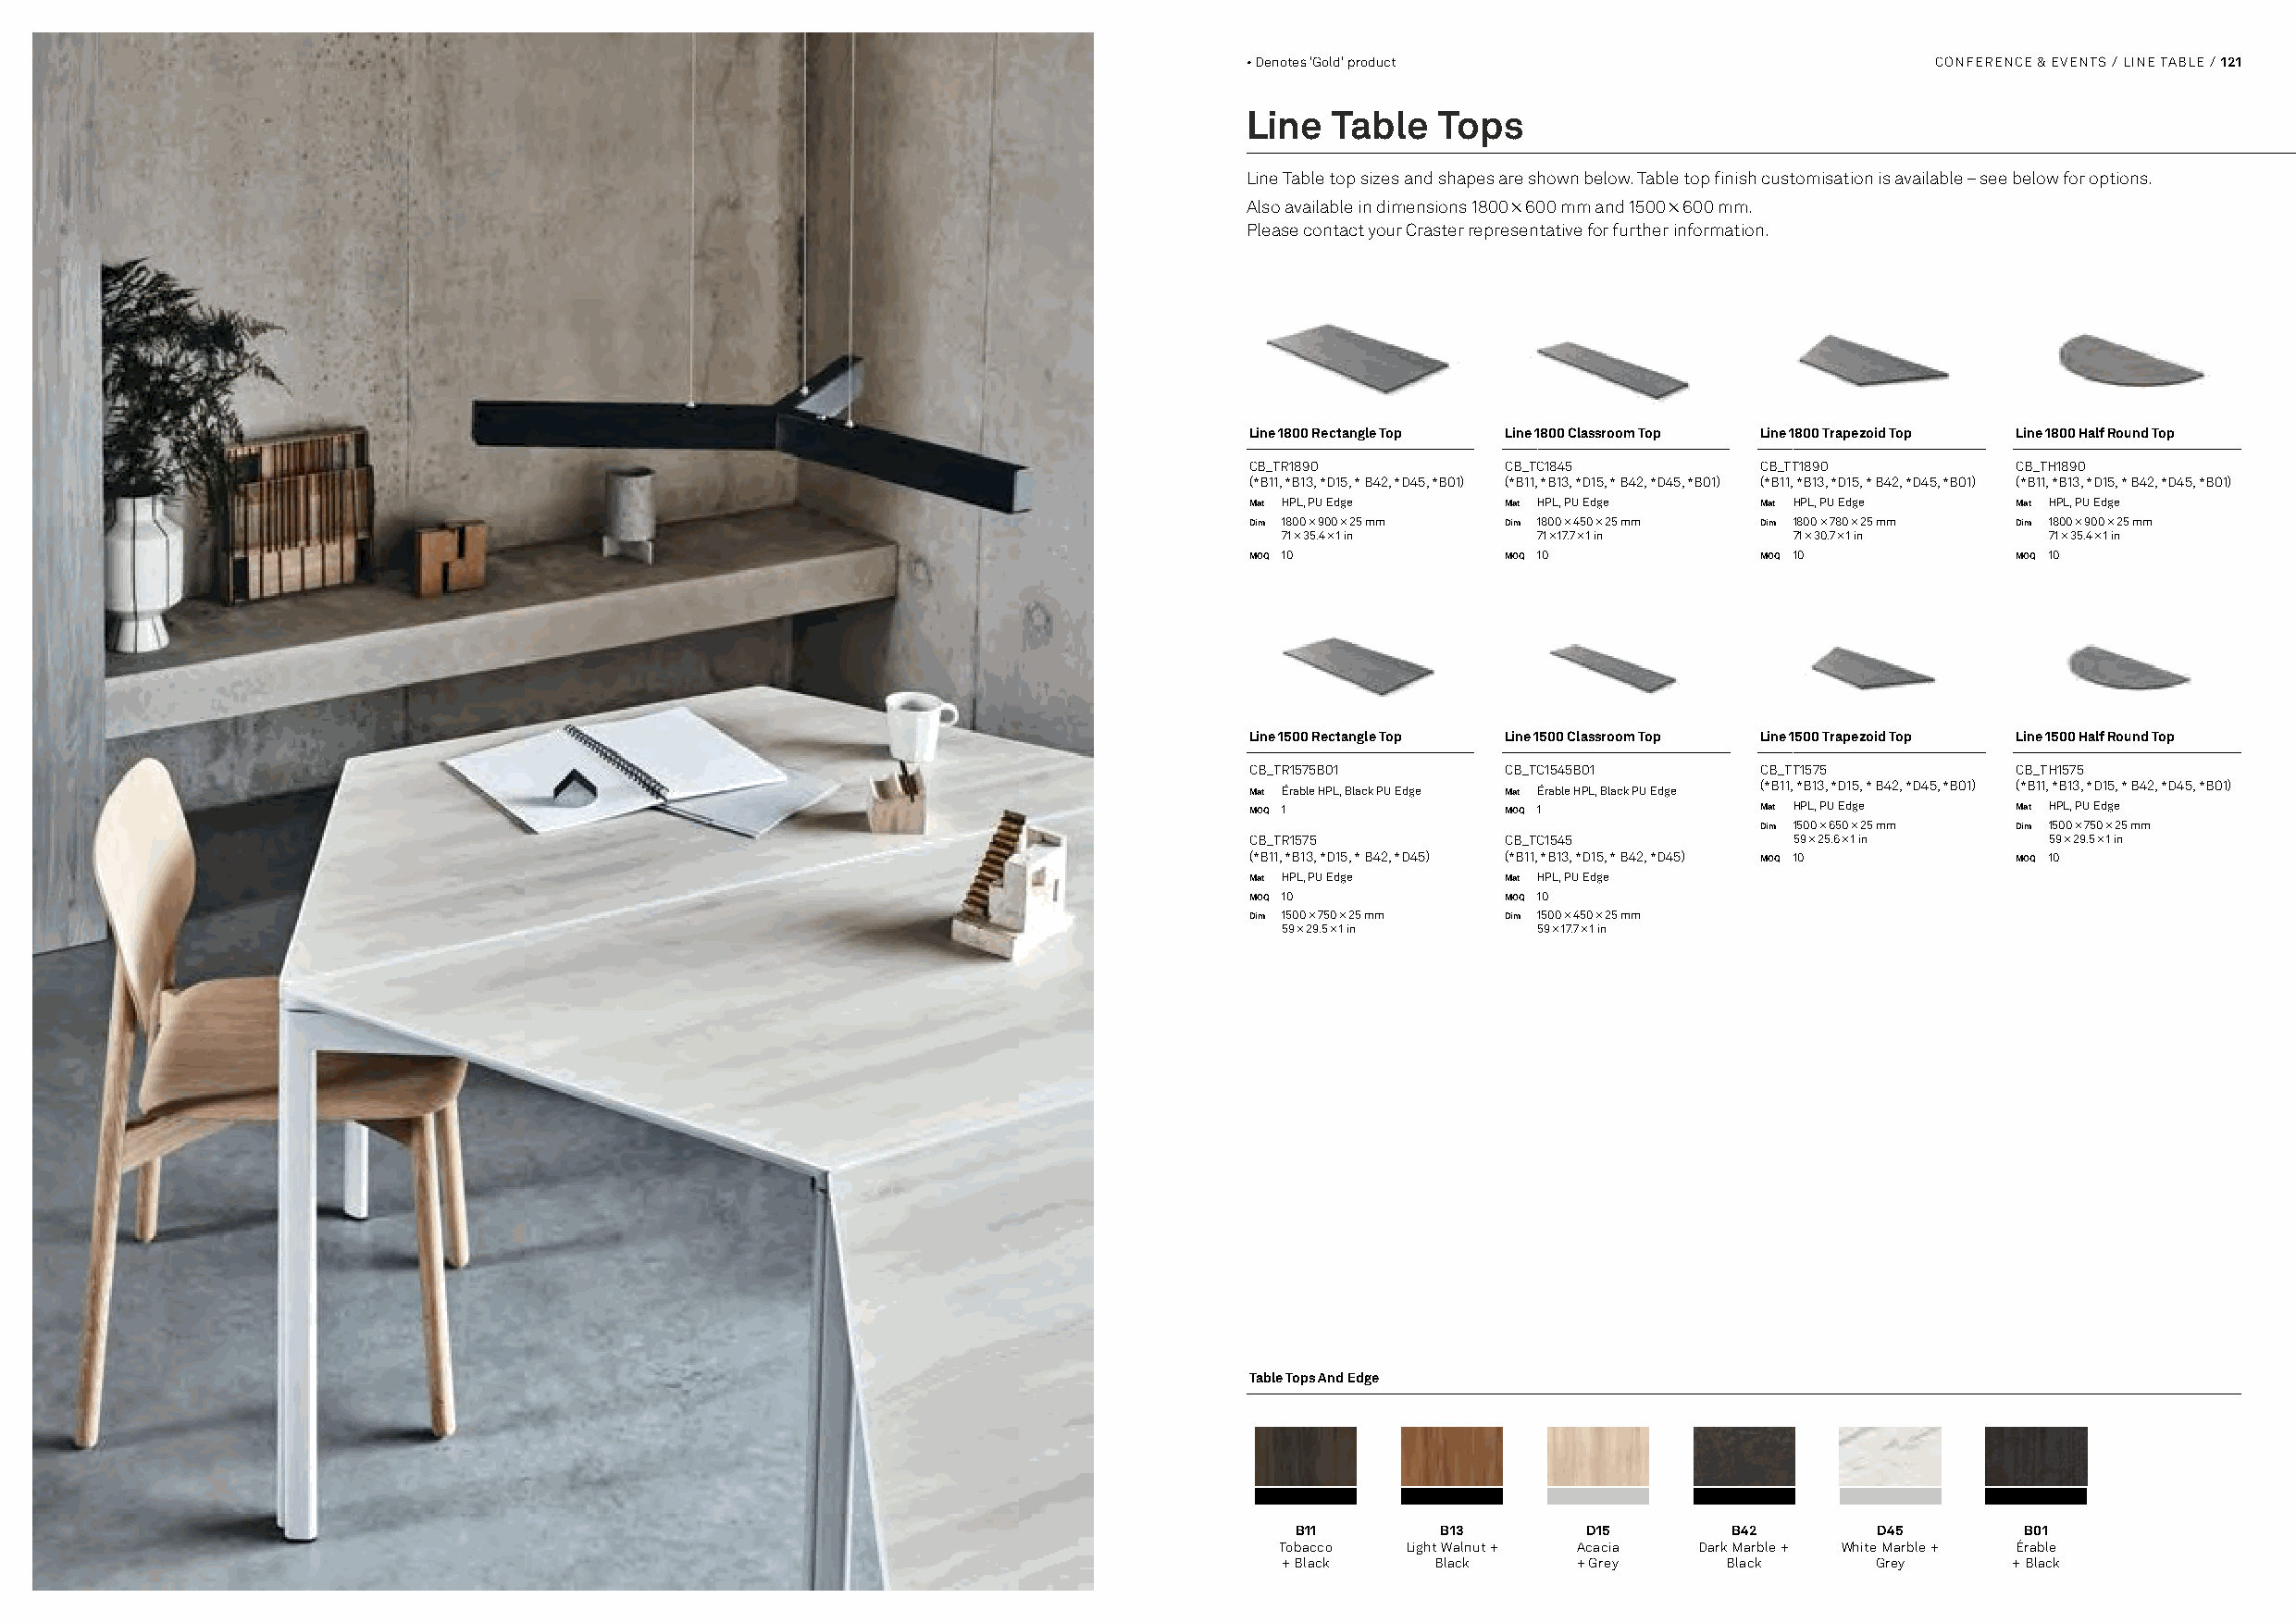
• Denotes 'Gold' product                         CONFERENCE & EVENTS / LINE TABLE / 121
 Line  Table   Tops
 Line Table top sizes and shapes are shown below. Table top finish customisation is available – see below for options.
 Also available in dimensions 1800 × 600 mm and 1500 × 600 mm.
 Please contact your Craster representative for further information.
 Line 1800 Rectangle Top Line 1800 Classroom Top Line 1800 Trapezoid Top Line 1800 Half Round Top
 CB_TR1890          CB_TC1845         CB_TT1890         CB_TH1890
 (*B11, *B13, *D15, * B42, *D45, *B01) (*B11, *B13, *D15, * B42, *D45, *B01) (*B11, *B13, *D15, * B42, *D45, *B01) (*B11, *B13, *D15, * B42, *D45, *B01)
 Mat HPL, PU Edge   Mat HPL, PU Edge  Mat HPL, PU Edge  Mat HPL, PU Edge
 Dim 1800 × 900 × 25 mm Dim 1800 × 450 × 25 mm Dim 1800 × 780 × 25 mm Dim 1800 × 900 × 25 mm
 71 × 35.4 × 1 in  71 × 17.7 × 1 in  71 × 30.7 × 1 in   71 × 35.4 × 1 in
 MOQ 10             MOQ 10            MOQ 10            MOQ 10
 Line 1500 Rectangle Top Line 1500 Classroom Top Line 1500 Trapezoid Top Line 1500 Half Round Top
 CB_TR1575B01       CB_TC1545B01      CB_TT1575         CB_TH1575
 Mat Érable HPL, Black PU Edge Mat Érable HPL, Black PU Edge (*B11, *B13, *D15, * B42, *D45, *B01) (*B11, *B13, *D15, * B42, *D45, *B01)
 MOQ 1              MOQ 1             Mat HPL, PU Edge  Mat HPL, PU Edge
 Dim 1500 × 650 × 25 mm Dim 1500 × 750 × 25 mm
 CB_TR1575          CB_TC1545           59 × 25.6 × 1 in   59 × 29.5 × 1 in
 (*B11, *B13, *D15, * B42, *D45) (*B11, *B13, *D15, * B42, *D45) MOQ 10 MOQ 10
 Mat HPL, PU Edge   Mat HPL, PU Edge
 MOQ 10             MOQ 10
 Dim 1500 × 750 × 25 mm Dim 1500 × 450 × 25 mm
 59 × 29.5 × 1 in  59 × 17.7 × 1 in
 Table Tops And Edge
 B11       B13       D15        B42       D45        B01
 Tobacco   Light Walnut + Acacia Dark Marble + White Marble + Érable
 + Black    Black     + Grey    Black      Grey      + Black